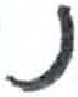
אות: נ